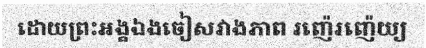
ដោយព្រះអង្គឯងចៀសវាងភាព រញ៉េរញ៉េយ្យ